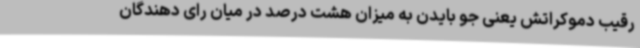
رقیب دموکراتش یعنی جو بایدن به میزان هشت درصد در میان رای دهندگان